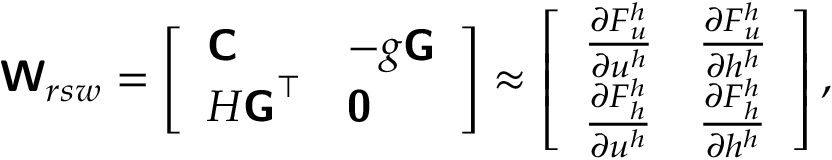
\boldsymbol { \mathsf { W } } _ { r s w } = \left[ \begin{array} { l l } { \boldsymbol { \mathsf { C } } } & { - g \boldsymbol { \mathsf { G } } } \\ { H \boldsymbol { \mathsf { G } } ^ { \top } } & { \boldsymbol { \mathsf { 0 } } } \end{array} \right] \approx \left[ \begin{array} { l l } { \frac { \partial F _ { u } ^ { h } } { \partial \boldsymbol { u } ^ { h } } } & { \frac { \partial F _ { u } ^ { h } } { \partial h ^ { h } } } \\ { \frac { \partial F _ { h } ^ { h } } { \partial \boldsymbol { u } ^ { h } } } & { \frac { \partial F _ { h } ^ { h } } { \partial h ^ { h } } } \end{array} \right] ,